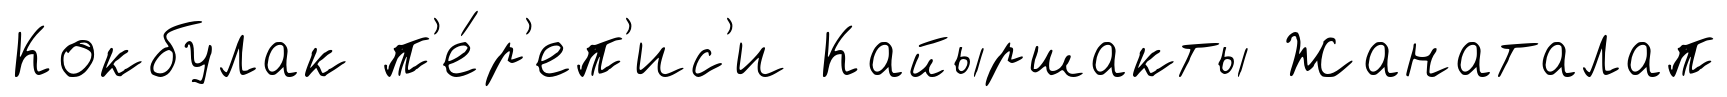
Кокбулак п'е́р'еп'ис'и Кайыршакты Жанаталап